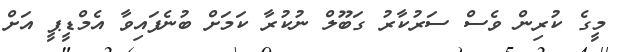
މީގެ ކުރިން ވެސް ސަރުކާރު ގަބޫލް ނުކުރާ ކަމަށް ބުނެފައިވާ އެމްޑީޕީ އަށް